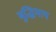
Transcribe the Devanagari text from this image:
बुद्धिमाप